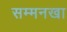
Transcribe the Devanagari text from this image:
सम्मनखा